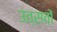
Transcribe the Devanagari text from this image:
उत्सवों